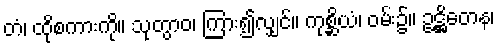
တံ၊ ထိုစကားကို။ သုတွာဝ၊ ကြား၍လျှင်။ ကုစ္ဆိယံ၊ ဝမ်း၌။ ဥဋ္ဌိတေန၊